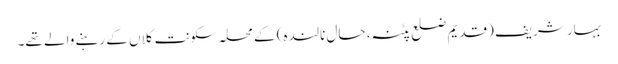
بہار شریف (قدیم ضلع پٹنہ، حال نالندہ) کے محلہ سکونت کلاں کے رہنے والے تھے۔